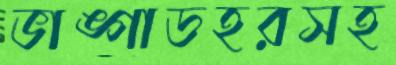
ভাঙ্গাডহরসহ